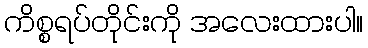
ကိစ္စရပ်တိုင်းကို အလေးထားပါ။